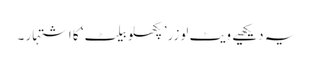
یہ دیکھیے ویٹ لوزر’پگھلو بیلٹ‘ کا اشتہار ۔